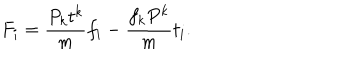
F _ { i } = { \frac { P _ { k } t ^ { k } } { m } } f _ { i } - { \frac { f _ { k } P ^ { k } } { m } } t _ { i } .